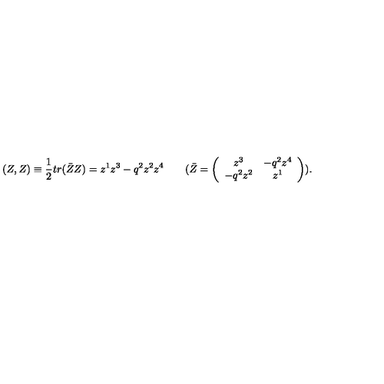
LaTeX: ( Z , Z ) \equiv \frac { 1 } { 2 } t r ( \bar { Z } Z ) = z ^ { 1 } z ^ { 3 } - q ^ { 2 } z ^ { 2 } z ^ { 4 } \qquad ( \bar { Z } = \left( \begin{array} { c c } { z ^ { 3 } } & { - q ^ { 2 } z ^ { 4 } } \\ { - q ^ { 2 } z ^ { 2 } } & { z ^ { 1 } } \\ \end{array} \right) ) .